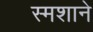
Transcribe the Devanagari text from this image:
स्मशाने